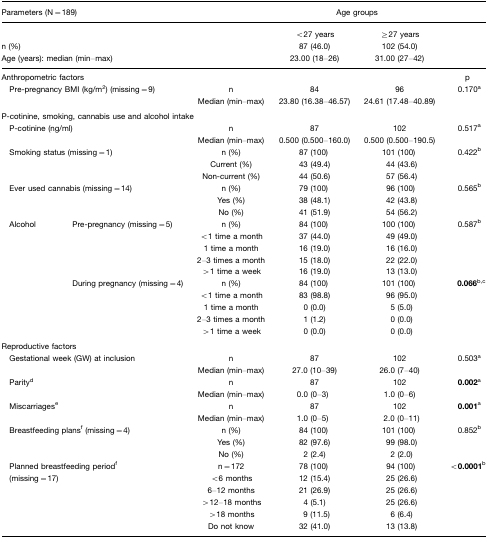
<table><thead><tr><td colspan="3"><b>Parameters (N=189)</b></td><td colspan="2"><b>Age groups</b></td><td></td></tr><tr><td colspan="3"></td><td><b>&lt;27 years</b></td><td><b>≥27 years</b></td><td></td></tr><tr><td colspan="3"><b>n (%)</b></td><td><b>87 (46.0)</b></td><td><b>102 (54.0)</b></td><td></td></tr><tr><td colspan="3"><b>Age (years): median (min–max)</b></td><td><b>23.00 (18–26)</b></td><td><b>31.00 (27–42)</b></td><td></td></tr></thead><tbody><tr><td colspan="3">Anthropometric factors</td><td></td><td></td><td>p</td></tr><tr><td colspan="2"> Pre-pregnancy BMI (kg/m<sup>2</sup>) (missing=9)</td><td>n</td><td>84</td><td>96</td><td>0.170a</td></tr><tr><td></td><td></td><td>Median (min–max)</td><td>23.80 (16.38–46.57)</td><td>24.61 (17.48–40.89)</td><td></td></tr><tr><td colspan="6">P-cotinine, smoking, cannabis use and alcohol intake</td></tr><tr><td colspan="2"> P-cotinine (ng/ml)</td><td>n</td><td>87</td><td>102</td><td>0.517a</td></tr><tr><td></td><td></td><td>Median (min–max)</td><td>0.500 (0.500–160.0)</td><td>0.500 (0.500–190.5)</td><td></td></tr><tr><td colspan="2"> Smoking status (missing=1)</td><td>n (%)</td><td>87 (100)</td><td>101 (100)</td><td>0.422b</td></tr><tr><td></td><td></td><td>Current (%)</td><td>43 (49.4)</td><td>44 (43.6)</td><td></td></tr><tr><td></td><td></td><td>Non-current (%)</td><td>44 (50.6)</td><td>57 (56.4)</td><td></td></tr><tr><td colspan="2"> Ever used cannabis (missing=14)</td><td>n (%)</td><td>79 (100)</td><td>96 (100)</td><td>0.565b</td></tr><tr><td></td><td></td><td>Yes (%)</td><td>38 (48.1)</td><td>42 (43.8)</td><td></td></tr><tr><td></td><td></td><td>No (%)</td><td>41 (51.9)</td><td>54 (56.2)</td><td></td></tr><tr><td> Alcohol</td><td>Pre-pregnancy (missing=5)</td><td>n (%)</td><td>84 (100)</td><td>100 (100)</td><td>0.587b</td></tr><tr><td></td><td></td><td>&lt;1 time a month</td><td>37 (44.0)</td><td>49 (49.0)</td><td></td></tr><tr><td></td><td></td><td>1 time a month</td><td>16 (19.0)</td><td>16 (16.0)</td><td></td></tr><tr><td></td><td></td><td>2–3 times a month</td><td>15 (18.0)</td><td>22 (22.0)</td><td></td></tr><tr><td></td><td></td><td>&gt;1 time a week</td><td>16 (19.0)</td><td>13 (13.0)</td><td></td></tr><tr><td></td><td>During pregnancy (missing=4)</td><td>n (%)</td><td>84 (100)</td><td>101 (100)</td><td><b>0.066</b>bc</td></tr><tr><td></td><td></td><td>&lt;1 time a month</td><td>83 (98.8)</td><td>96 (95.0)</td><td></td></tr><tr><td></td><td></td><td>1 time a month</td><td>0 (0.0)</td><td>5 (5.0)</td><td></td></tr><tr><td></td><td></td><td>2–3 times a month</td><td>1 (1.2)</td><td>0 (0.0)</td><td></td></tr><tr><td></td><td></td><td>&gt;1 time a week</td><td>0 (0.0)</td><td>0 (0.0)</td><td></td></tr><tr><td colspan="6">Reproductive factors</td></tr><tr><td colspan="2"> Gestational week (GW) at inclusion</td><td>n</td><td>87</td><td>102</td><td>0.503a</td></tr><tr><td></td><td></td><td>Median (min–max)</td><td>27.0 (10–39)</td><td>26.0 (7–40)</td><td></td></tr><tr><td colspan="2"> Parityd</td><td>n</td><td>87</td><td>102</td><td><b>0.002</b>a</td></tr><tr><td></td><td></td><td>Median (min–max)</td><td>0.0 (0–3)</td><td>1.0 (0–6)</td><td></td></tr><tr><td colspan="2"> Miscarriagese</td><td>n</td><td>87</td><td>102</td><td><b>0.001</b>a</td></tr><tr><td></td><td></td><td>Median (min–max)</td><td>1.0 (0–5)</td><td>2.0 (0–11)</td><td></td></tr><tr><td colspan="2"> Breastfeeding plansf (missing=4)</td><td>n (%)</td><td>84 (100)</td><td>101 (100)</td><td>0.852b</td></tr><tr><td></td><td></td><td>Yes (%)</td><td>82 (97.6)</td><td>99 (98.0)</td><td></td></tr><tr><td></td><td></td><td>No (%)</td><td>2 (2.4)</td><td>2 (2.0)</td><td></td></tr><tr><td colspan="2"> Planned breastfeeding periodf</td><td>n=172</td><td>78 (100)</td><td>94 (100)</td><td><b>&lt;0.0001</b>b</td></tr><tr><td> (missing=17)</td><td></td><td>&lt;6 months</td><td>12 (15.4)</td><td>25 (26.6)</td><td></td></tr><tr><td></td><td></td><td>6–12 months</td><td>21 (26.9)</td><td>25 (26.6)</td><td></td></tr><tr><td></td><td></td><td>&gt;12–18 months</td><td>4 (5.1)</td><td>25 (26.6)</td><td></td></tr><tr><td></td><td></td><td>&gt;18 months</td><td>9 (11.5)</td><td>6 (6.4)</td><td></td></tr><tr><td></td><td></td><td>Do not know</td><td>32 (41.0)</td><td>13 (13.8)</td><td></td></tr></tbody></table>